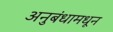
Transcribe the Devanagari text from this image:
अनुबंधामधून